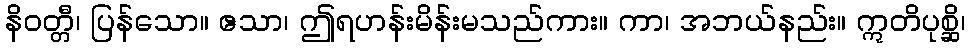
နိဝတ္တီ၊ ပြန်သော။ ဧသာ၊ ဤရဟန်းမိန်းမသည်ကား။ ကာ၊ အဘယ်နည်း။ ဣတိပုစ္ဆိ၊